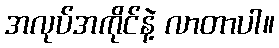
အလုပ်အကိုင်နဲ့ လာတာပါ။